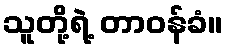
သူတို့ရဲ့ တာဝန်ခံ။